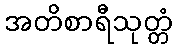
အတိစာရီသုတ္တံ